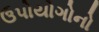
ઉપોયોગોનો